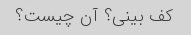
کف بینی؟ آن چیست؟